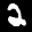
Label: 2